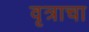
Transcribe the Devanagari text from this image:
वृत्राचा